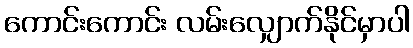
ကောင်းကောင်း လမ်းလျှောက်နိုင်မှာပါ